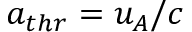
a _ { t h r } = u _ { A } / c \qquad \qquad